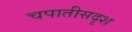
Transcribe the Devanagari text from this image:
चपातीसदृश